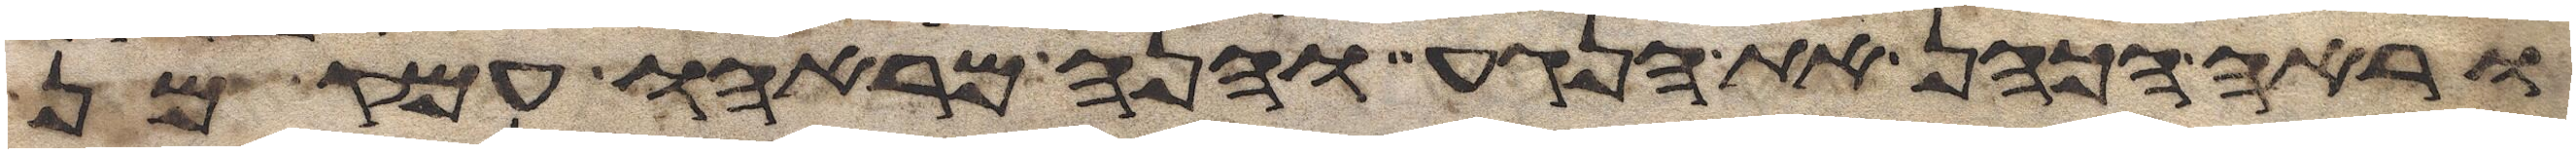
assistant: וראה הכהן את הנגע והנה מראהו עמק מן